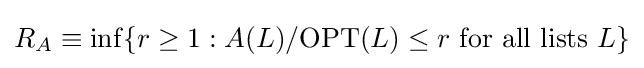
R_{A}\equiv \inf\{r\geq 1:A(L)/\mathrm {OPT} (L)\leq r{\text{ for all lists }}L\}